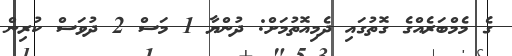
ގެ މެމްބަރެއްގެ ގޮތުގައި ދެމިއޮތުމަށް: ދުންޔާ 1 މަސް 2 ދުވަސް ކުރިން